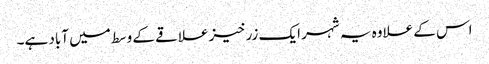
اس کے علاوہ یہ شہر ایک زرخیز علاقے کے وسط میں آباد ہے۔